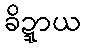
ခိဍ္ဍာယ